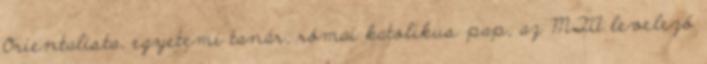
Orientalista, egyetemi tanár, római katolikus pap, az MTA levelező